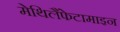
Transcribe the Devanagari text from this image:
मेथिलैंफेटामाइन